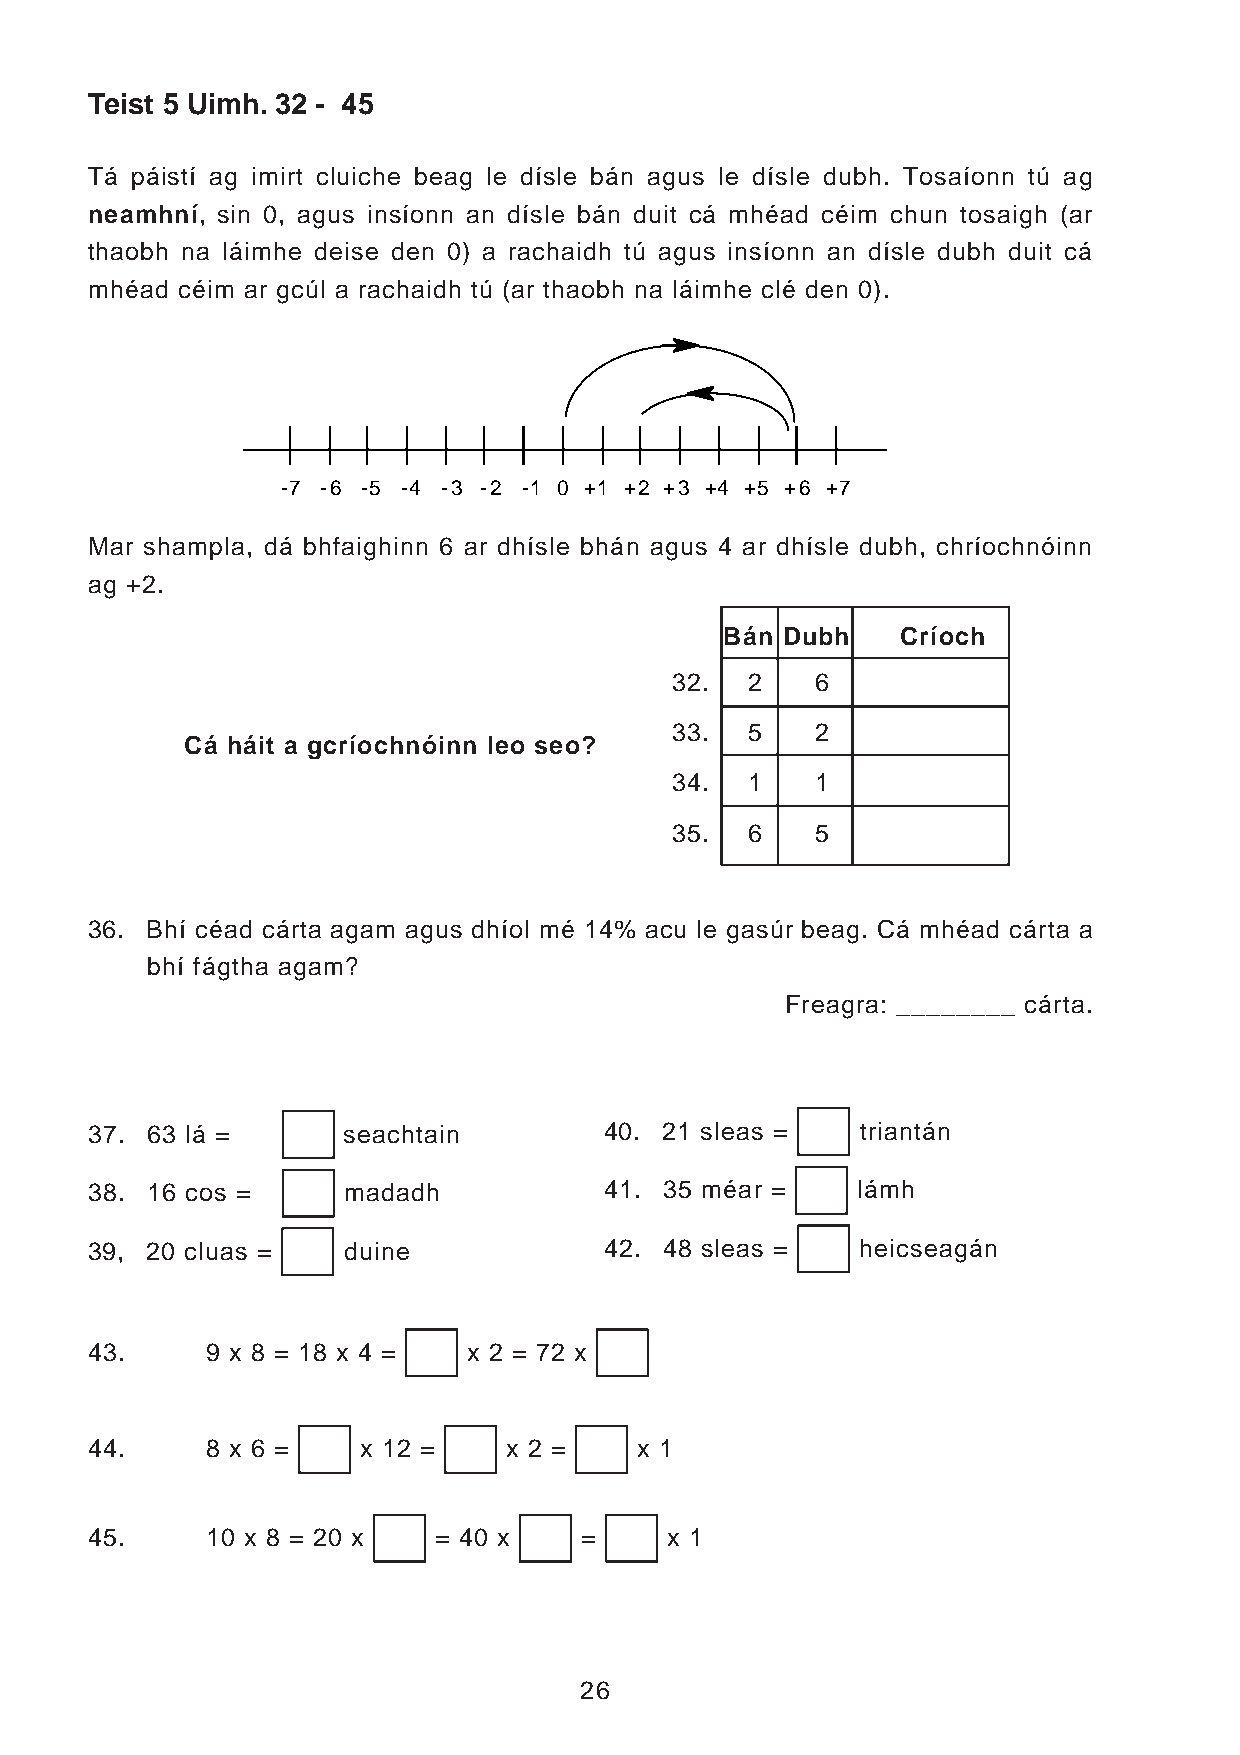
Teist 5 Uimh. 32 - 45
 Tá páistí ag imirt cluiche beag le dísle bán agus le dísle dubh. Tosaíonn tú ag
 neamhní, sin 0, agus insíonn an dísle bán duit cá mhéad céim chun tosaigh (ar
 thaobh na láimhe deise den 0) a rachaidh tú agus insíonn an dísle dubh duit cá
 mhéad céim ar gcúl a rachaidh tú (ar thaobh na láimhe clé den 0).
 -7 -6 -5 -4 -3 -2 -1 0 +1 +2 +3 +4 +5 +6 +7
 Mar shampla, dá bhfaighinn 6 ar dhísle bhán agus 4 ar dhísle dubh, chríochnóinn
 ag +2.
 Bán Dubh    Críoch
 32.  2    6
 33.  5    2
 Cá háit a gcríochnóinn leo seo?
 34.  1    1
 35.  6    5
 36. Bhí céad cárta agam agus dhíol mé 14% acu le gasúr beag. Cá mhéad cárta a
 bhí fágtha agam?
 Freagra: ________ cárta.
 37. 63 lá =      seachtain        40. 21 sleas =   triantán
 38. 16 cos =     madadh           41. 35 méar =    lámh
 39, 20 cluas =   duine            42. 48 sleas =   heicseagán
 43.     9 x 8 = 18 x 4 = x 2 = 72 x
 44.     8 x 6 =   x 12 =    x 2 =   x 1
 45.     10 x 8 = 20 x  = 40 x   =     x 1
 26